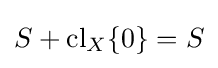
S+\operatorname {cl} _{X}\{0\}=S